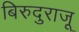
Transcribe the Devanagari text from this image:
बिरुदुराजू